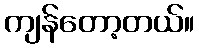
ကျန်တော့တယ်။